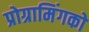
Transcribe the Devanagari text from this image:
प्रोग्रामिंगको